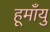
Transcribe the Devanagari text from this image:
हूमाँयु